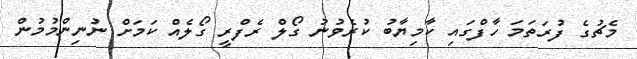
މެޗުގެ ފުރަތަމަ ހާފްގައި ކާމިޔާބު ކުރެވުނު ގޯލް ރެފްރީ ގޯލެއް ކަމަށް ނުނިންމުމުން